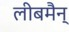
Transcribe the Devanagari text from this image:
लीबमैन्